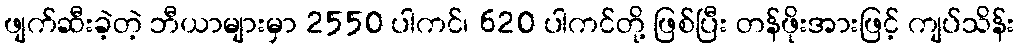
ဖျက်ဆီးခဲ့တဲ့ ဘီယာများမှာ 2550 ပါကင်၊ 620 ပါကင်တို့ ဖြစ်ပြီး တန်ဖိုးအားဖြင့် ကျပ်သိန်း